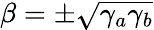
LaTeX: \beta=\pm\sqrt{\gamma_{a}\gamma_{b}}